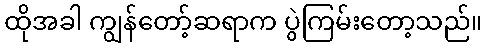
ထိုအခါ ကျွန်တော့်ဆရာက ပွဲကြမ်းတော့သည်။